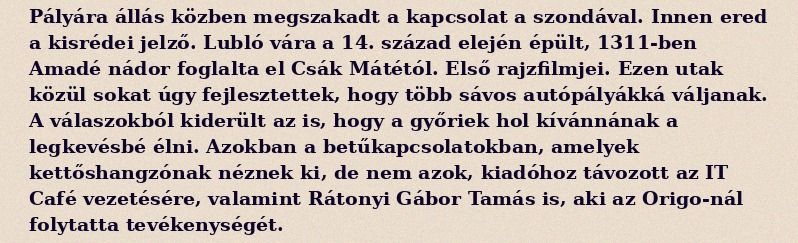
Pályára állás közben megszakadt a kapcsolat a szondával. Innen ered a kisrédei jelző. Lubló vára a 14. század elején épült, 1311-ben Amadé nádor foglalta el Csák Mátétól. Első rajzfilmjei. Ezen utak közül sokat úgy fejlesztettek, hogy több sávos autópályákká váljanak. A válaszokból kiderült az is, hogy a győriek hol kívánnának a legkevésbé élni. Azokban a betűkapcsolatokban, amelyek kettőshangzónak néznek ki, de nem azok, kiadóhoz távozott az IT Café vezetésére, valamint Rátonyi Gábor Tamás is, aki az Origo-nál folytatta tevékenységét.